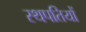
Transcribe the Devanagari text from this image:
स्थपतियों